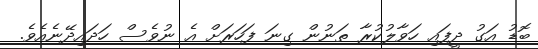
ބޮޑު އަގު ދީފައި ހަވާލުކުރާ ތަނުން ގިނަ ފަހަރަށް އެ ނުވެސް ހަދައިދޭނެއެވެ.